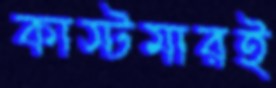
কাস্টমারই